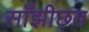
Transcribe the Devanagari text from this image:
साँझीछत